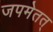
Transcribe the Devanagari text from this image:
जपमेतत्